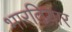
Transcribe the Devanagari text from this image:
भारतियार